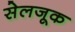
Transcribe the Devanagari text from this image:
सेलजूक